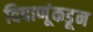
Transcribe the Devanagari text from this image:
विषाणूंकडून